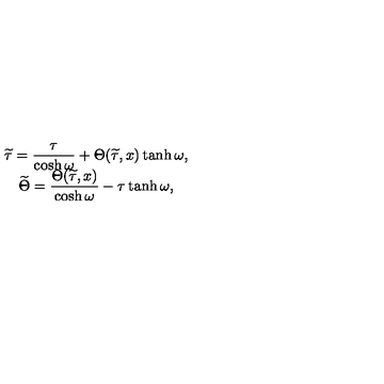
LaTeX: \begin{array} { c } { \widetilde { \tau } = \displaystyle \frac { \tau } { \cosh \omega } + \Theta ( \widetilde { \tau } , x ) \tanh \omega , \hfill } \\ { \widetilde { \Theta } = \displaystyle \frac { \Theta ( \widetilde { \tau } , x ) } { \cosh \omega } - \tau \tanh \omega , \hfill } \\ \end{array}